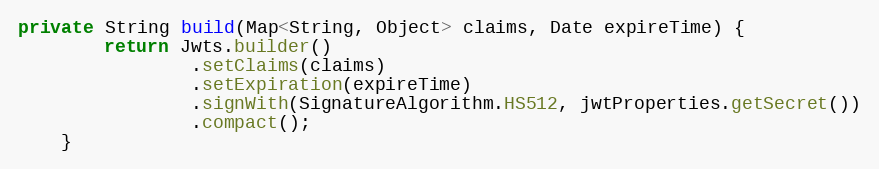
Language: Java
private String build(Map<String, Object> claims, Date expireTime) {
        return Jwts.builder()
                .setClaims(claims)
                .setExpiration(expireTime)
                .signWith(SignatureAlgorithm.HS512, jwtProperties.getSecret())
                .compact();
    }